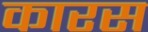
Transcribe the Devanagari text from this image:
कारस